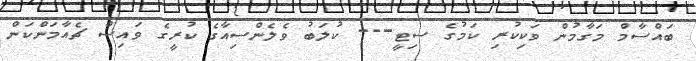
ބައްސާމް މަގާމުން ވަކިކުރި ކަމުގެ ސިޓީ--- ކުލަބު ވެލެންސިއާގެ ކުރީގެ ވައިސް ޗެއާމަންކަން